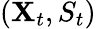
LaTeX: (\mathbf{X}_{t},S_{t})